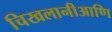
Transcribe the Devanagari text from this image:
चिखलानीआणि